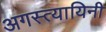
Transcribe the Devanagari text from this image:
अगस्त्यायिनी